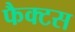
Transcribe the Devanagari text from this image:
फैक्टस